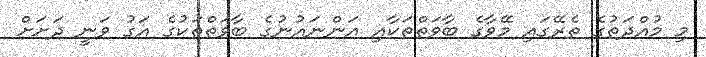
މި މުއްދަތުގެ ތެރޭގައި މޭވާގެ ބާވަތްތަކާއި އަންނައުނުގެ ބާވަތްތަކުގެ އަގު ވަނީ ދަށަށް